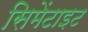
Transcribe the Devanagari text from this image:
सिमेंटाइट